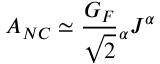
A _ { N C } \simeq \frac { G _ { F } } { \sqrt { 2 } } \l _ { \alpha } J ^ { \alpha }